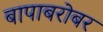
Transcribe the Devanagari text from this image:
बापाबरोबर